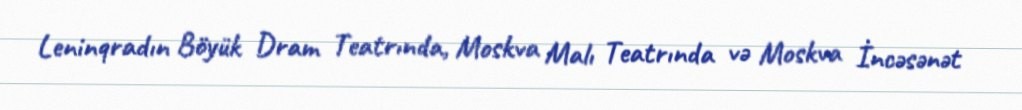
Leninqradın Böyük Dram Teatrında, Moskva Malı Teatrında və Moskva İncəsənət